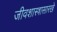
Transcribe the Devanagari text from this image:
जीवशास्त्रासारखे